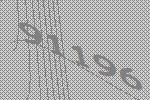
91196